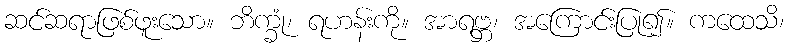
ဆင်ဆရာဖြစ်ဖူးသော။ ဘိက္ခုံ၊ ရဟန်းကို။ အာရဗ္ဘ၊ အကြောင်းပြု၍။ ကထေသိ၊